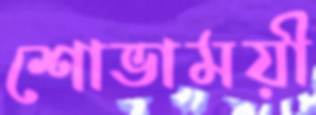
শোভাময়ী